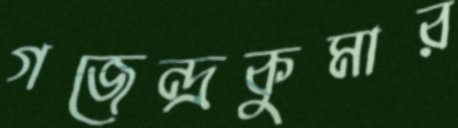
গজেন্দ্রকুমার